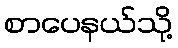
စာပေနယ်သို့